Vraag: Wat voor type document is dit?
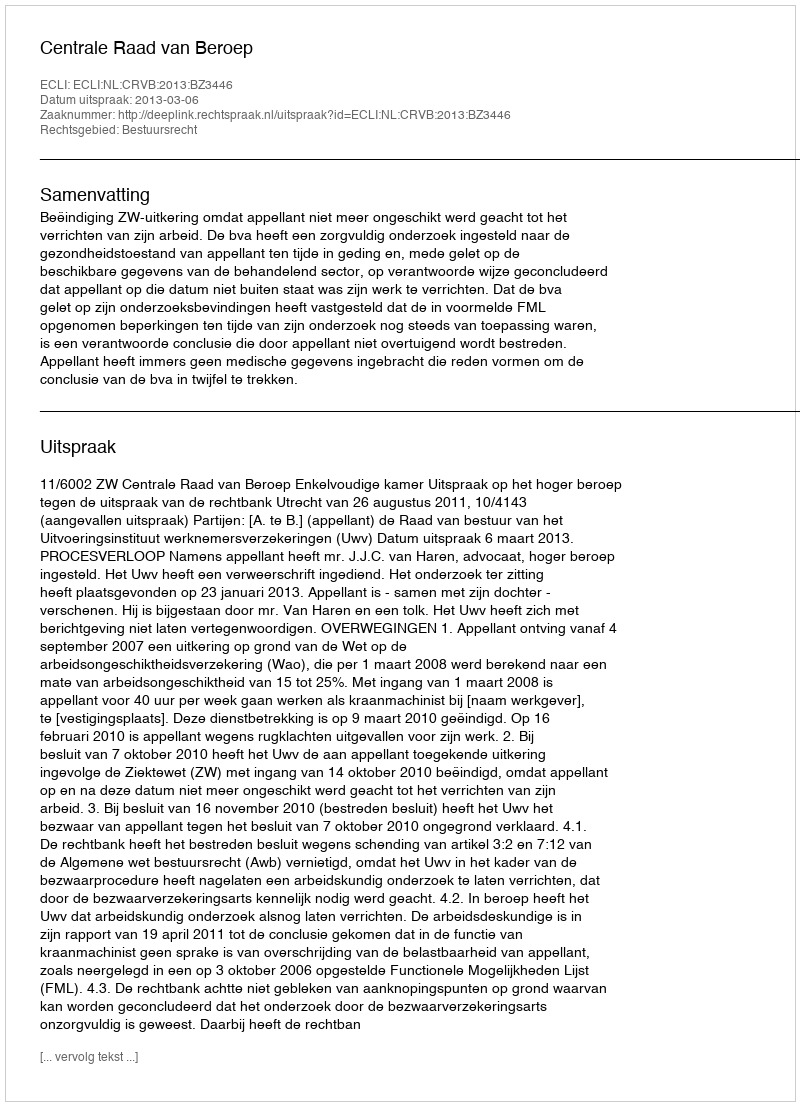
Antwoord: Uitspraak